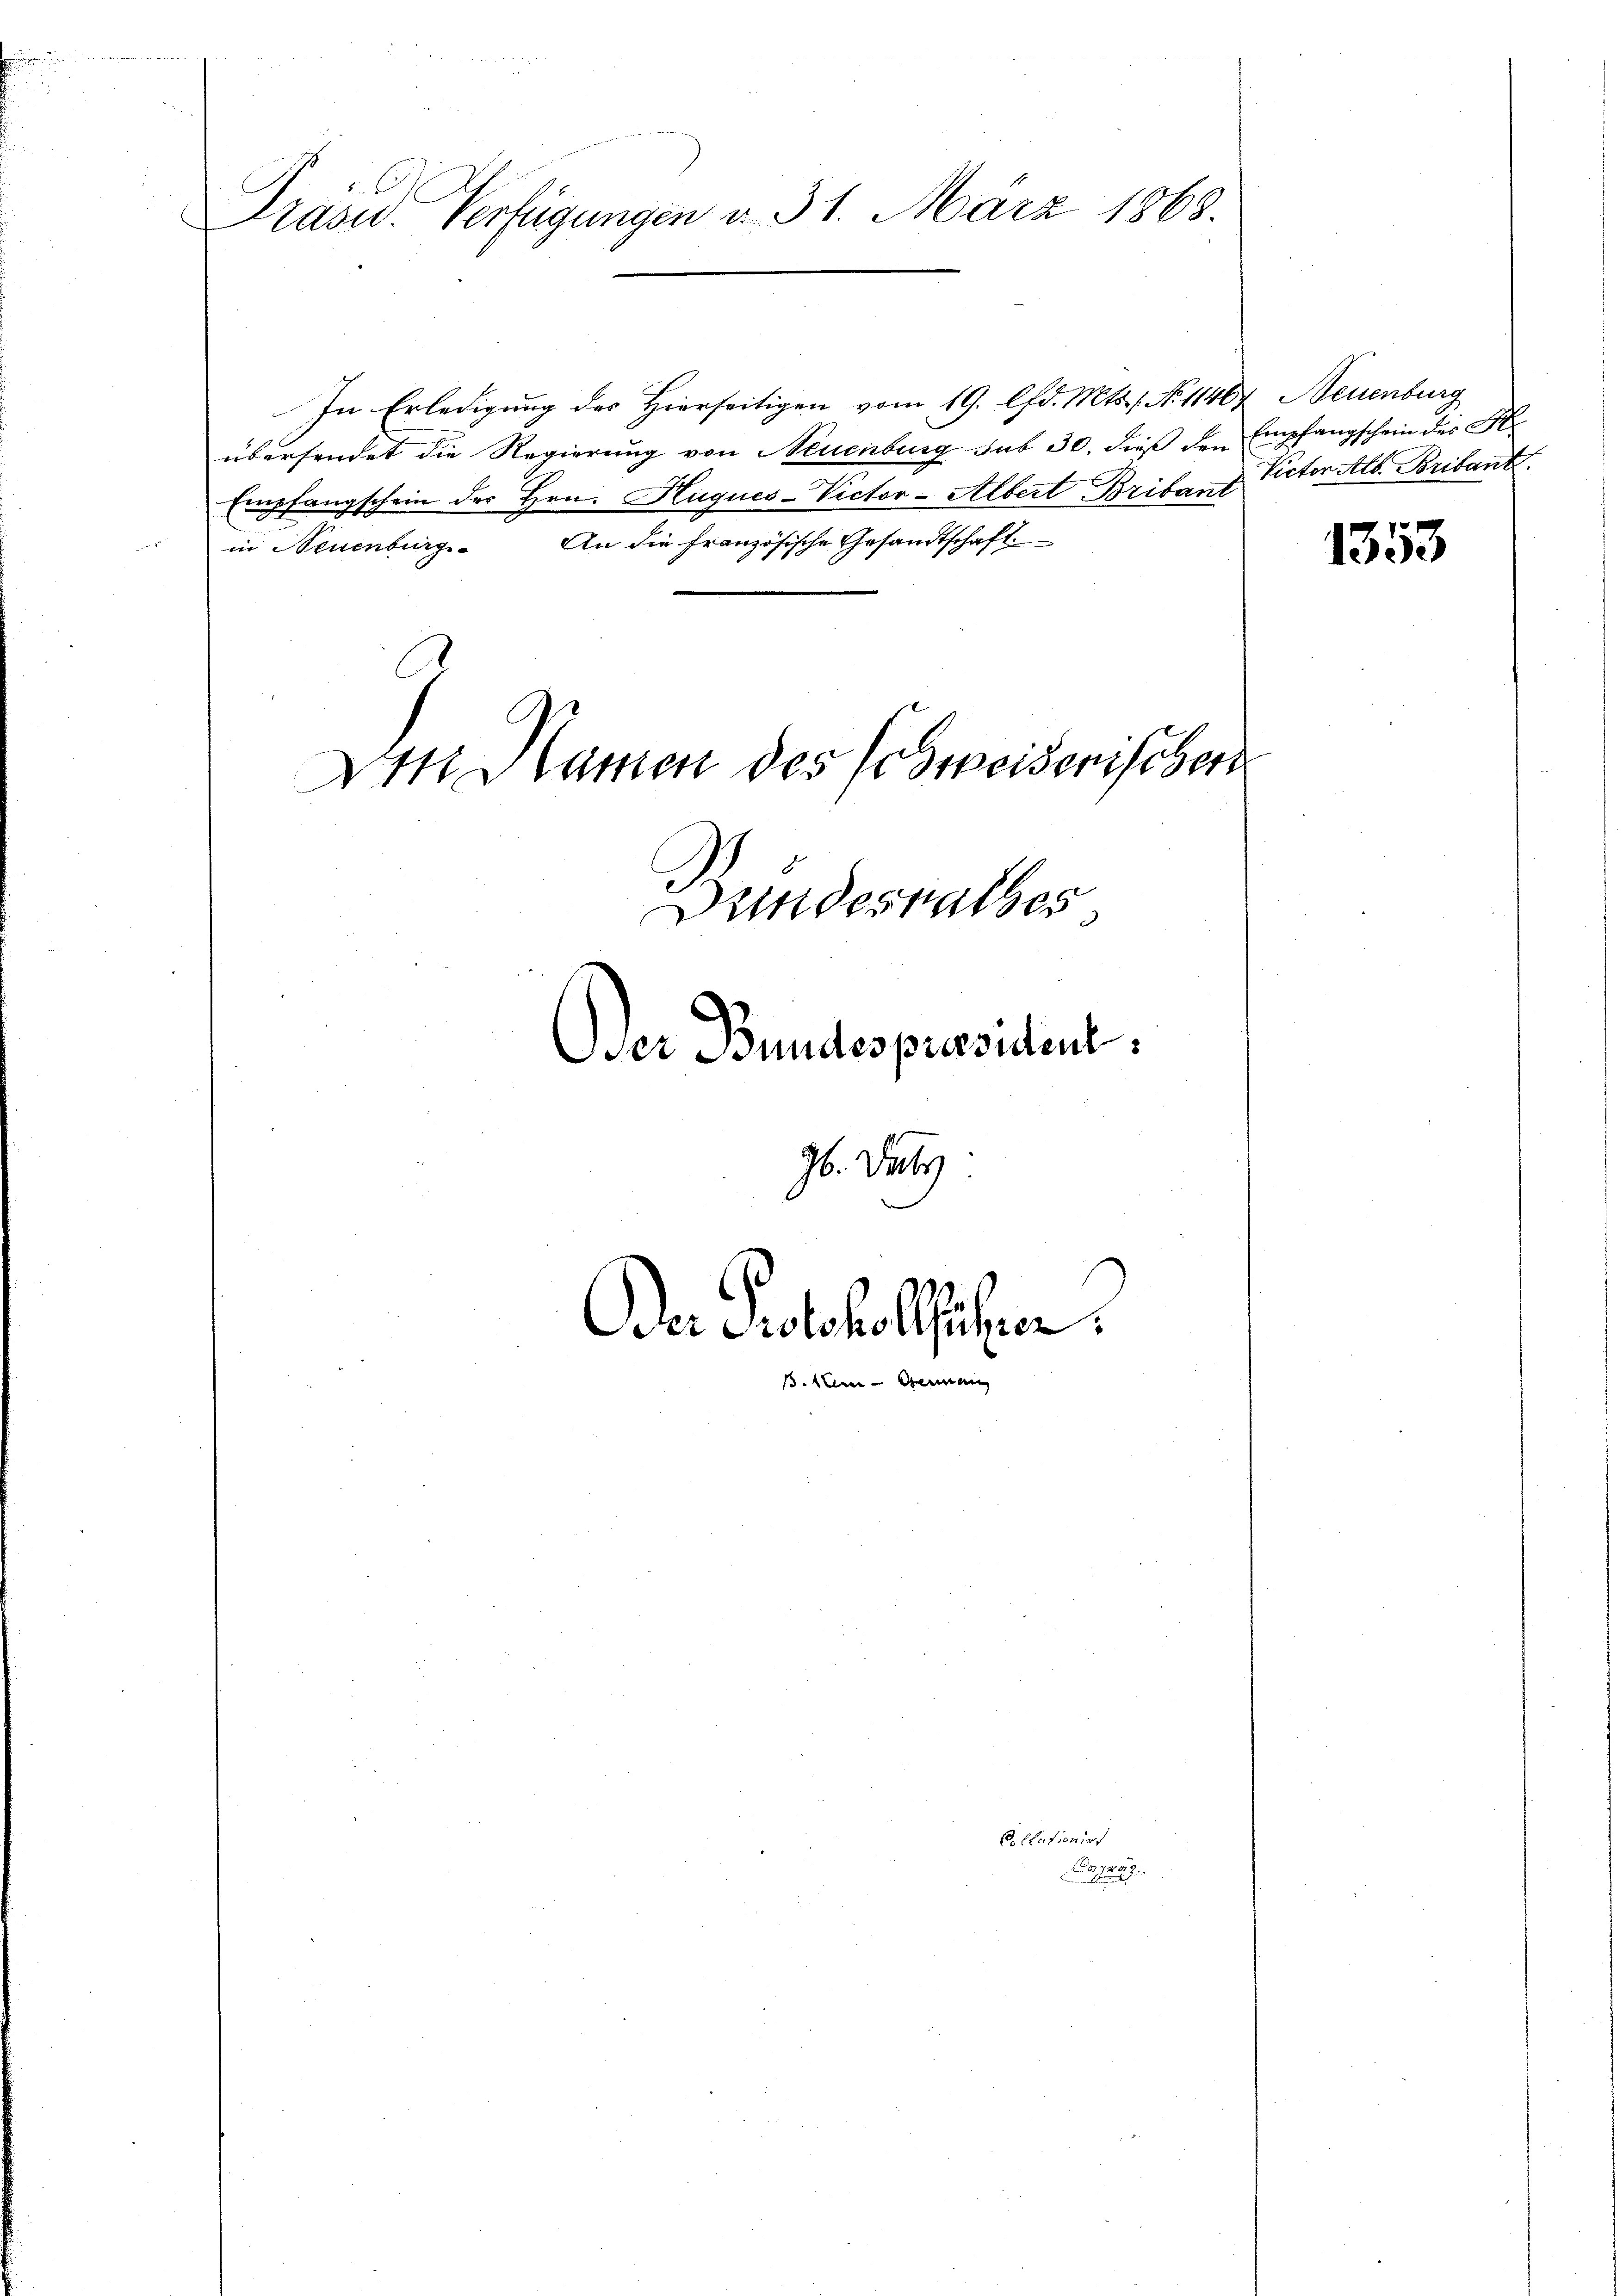
Präsid. Verfügungen v. 31. März 1868.

In Erledigung des Hierseitigen vom 19. lfd. Mts., No 11467 Neuenburg
übersendet die Regierung von Neuenburg sub 30. dieß den Empfangschein des K.
Empfangschein des Hrn. Huques-Victor-Albert Britant Victor Alb. Bribant.
in Neuenburg. An die französische Gesandtschaft.

Den Namen des Schweiserischen
Bundesrathes
Der Bundes praesident.
96. Deuts

Der Protokolliser.
u
. Am

Dollationirt
B

1353